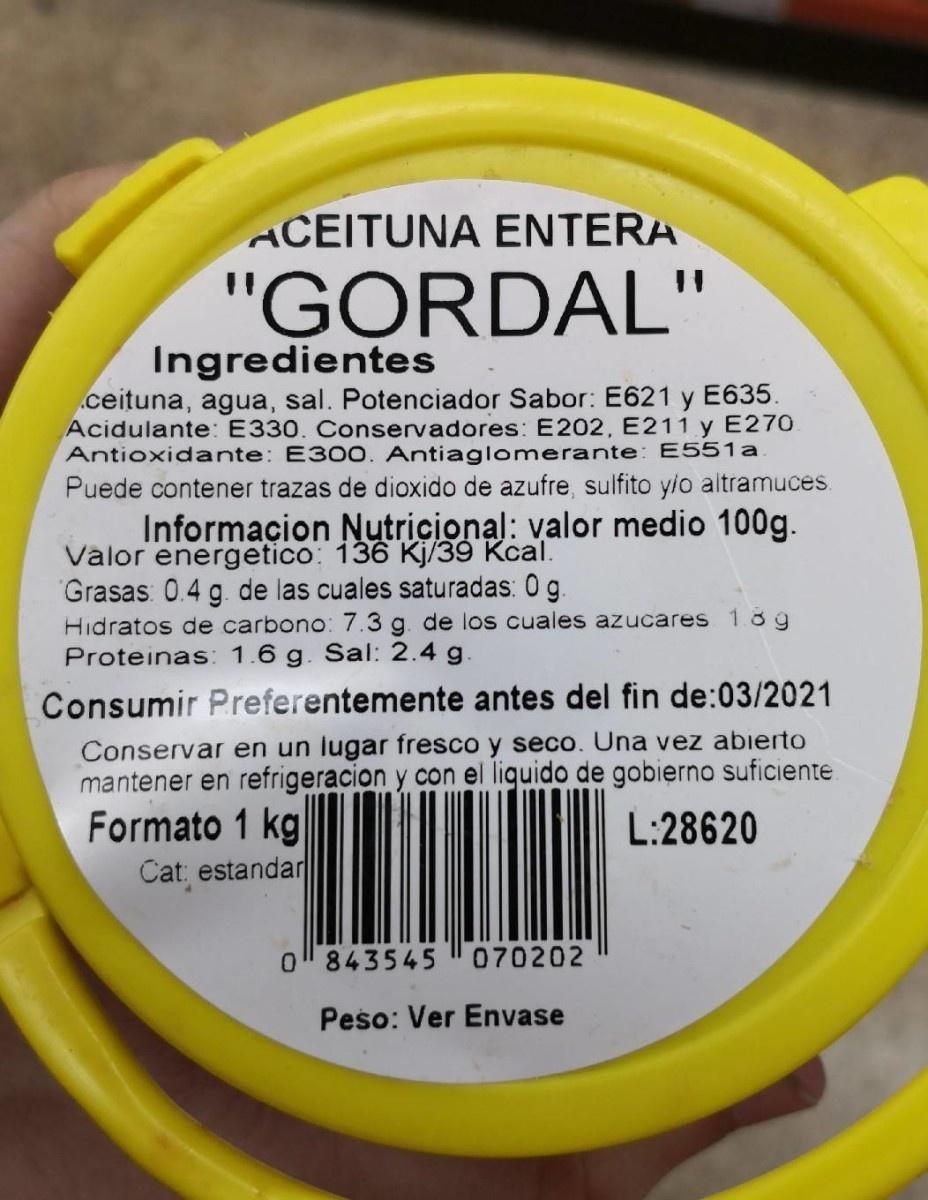
ACEITUNA ENTERA
"GORDAL"
Ingredientes
ceituna, agua, sal. Potenciador Sabor: E621 y E635. Acidulante: E330. Conservadores: E202, E211 y E270 Antioxidante: E30O. Antiaglomerante: E551a Puede contener trazas de dioxido de azufre, sulfito y/o altramuces.
Informacion Nutricional: valor medio 100g. Válor energetico: 136 Kj/39 Kcal. "Grasas: 0.4 g. de las cuales saturadas: 0 g. Hidratos de carbono: 7.3 g. de los cuales azucares 1 8g Proteinas: 1.6 g. Sal: 2.4 g.
Consumir Preferentemente antes del fin de:03/2021
Conservar en un lugar fresco y seco. Una vez abierto mantener en refrigeracion y con el liquido de gobierno suficiente Formato 1 kg Cat, estandar
L:28620
o843545 070202
Peso: Ver Envase